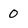
Character: 0